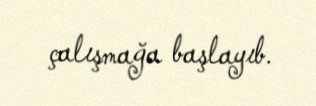
çalışmağa başlayıb.